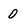
Character: 0